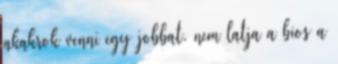
akakrok venni egy jobbat. nem latja a bios a